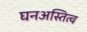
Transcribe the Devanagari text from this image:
घनअस्तित्व